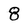
Character: 8